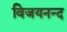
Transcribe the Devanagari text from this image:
विजयनन्द